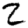
Digit: 2